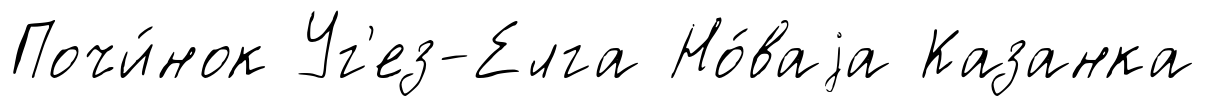
Почи́нок Уг'ез-Елга Но́ваjа Казанка